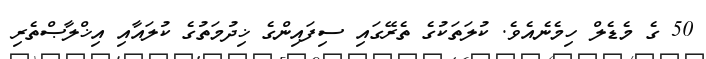
50 ގެ މެޑެލް ހިމެނެއެވެ. ކުލަތަކުގެ ތެރޭގައި ސިފައިންގެ ޚިދުމަތުގެ ކުލައާއި އިޚްލާޞްތެރި